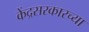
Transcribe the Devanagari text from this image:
केंद्रसरकारच्या